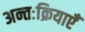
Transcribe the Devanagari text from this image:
अन्तःक्रियाएँ